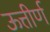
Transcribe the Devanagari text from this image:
ऊत्तीर्ण